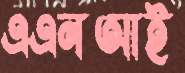
এএনআই